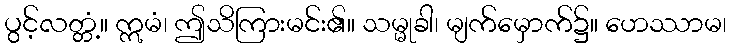
ပွင့်လတ္တံ့။ ဣမံ၊ ဤသိကြားမင်း၏။ သမ္မုခါ၊ မျက်မှောက်၌။ ဟေဿာမ၊